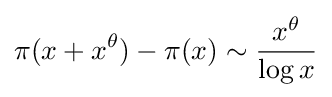
\pi (x+x^{\theta })-\pi (x)\sim {\frac {x^{\theta }}{\log x}}